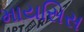
માયસિસ